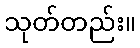
သုတ်တည်း။